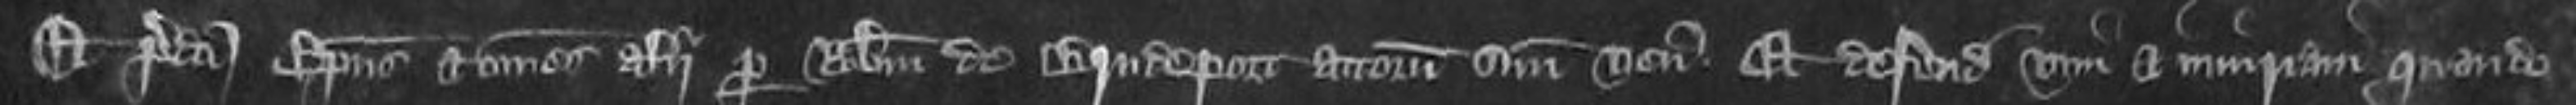
Et predicti episcopus et omnes alii per Robertum de Brideport attornatum suum veniunt et defendunt vim et iniuriam quando